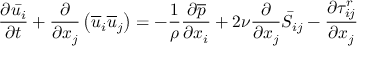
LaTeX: { \frac { \partial { \bar { u _ { i } } } } { \partial t } } + { \frac { \partial } { \partial x _ { j } } } \left( { \overline { { u } } } _ { i } { \overline { { u } } } _ { j } \right) = - { \frac { 1 } { \rho } } { \frac { \partial { \overline { { p } } } } { \partial x _ { i } } } + 2 \nu { \frac { \partial } { \partial x _ { j } } } { \bar { S } } _ { i j } - { \frac { \partial \tau _ { i j } ^ { r } } { \partial x _ { j } } }